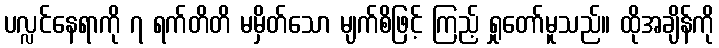
ပလ္လင်နေရာကို ၇ ရက်တိတိ မမှိတ်သော မျက်စိဖြင့် ကြည့် ရှုတော်မူသည်။ ထိုအချိန်ကို